Annual returns of the Patna Lunatic Asylum at Bankipore in Bihar and Orissa - 1912-1924
Year: 1912
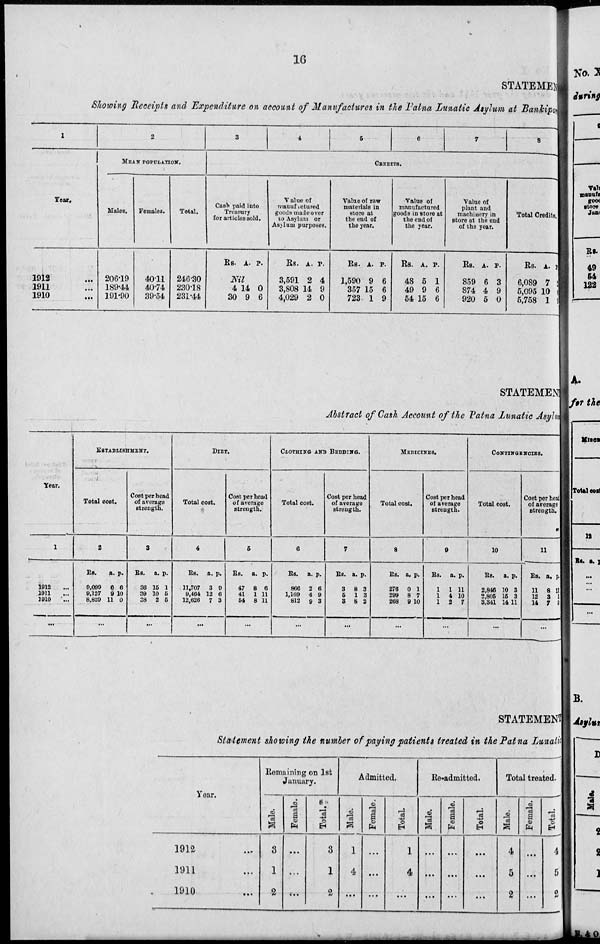
16
STATEMENT
Showing Receipts and Expenditure on account of Manufactures in the Patna Lunatic Asylum at Bankipore
1
Year.
1912 ...
1911 ...
1910 ...
2
MEAN POPULATION.
Males.
206.19
189.44
191.90
Females.
40.11
40.74
39.54
Total.
246.30
230.18
231.44
3
4
5
6
7
8
CREDITS.
Cash paid into
Treasury
for articles sold.
Rs. A. P.
Nil
4
30
14
9
0
6
Value of
manufactured
goods made cover
to Asylum or
Asylum purposes.
Rs.
3,591
3,808
4,029
A.
2
14
2
P.
4
9
0
Value of raw
materials in
store at
the end of
the year.
Rs.
1,590
357
723
A.
9
15
1
P.
6
6
9
Value of
manufactured
goods in store at
the end of
the year.
Rs.
48
49
54
A.
5
9
15
P.
1
6
6
Value of
plant and
machinery in
store at the end
of the year.
Rs.
859
874
920
A.
6
4
5
P.
3
9
0
Total Credits.
Rs.
6,089
5,095
5,758
A.
7
10
1
P.
2
0
9
STATEMENT
Abstract of Cash Account of the Patna Lunatic Asylum
Year.
1
1912 ...
1911 ...
1910 ...
...
ESTABLISHMENT.
Total cost.
2
Rs.
9,099
9,127
8,829
a.
6
9
11
p.
6
10
0
...
Cost per head
of average
strength.
3
Rs.
36
39
28
a.
15
10
2
p.
1
5
5
...
DIET.
Total cost.
4
Rs.
11,707
9,464
12,626
a.
3
12
7
p.
9
6
3
...
Cost per head
of average
strength.
5
Rs.
47
41
54
a.
8
1
8
p.
6
11
11
...
CLOTHING AND BEDDING.
Total cost.
6
Rs.
866
1,169
812
a.
2
4
9
p.
6
9
3
...
Cost per head
of arerage
strength.
7
Rs.
3
5
3
a.
8
1
8
p.
3
3
2
...
MEDICINES.
Total cost.
8
Rs.
276
299
268
a.
0
8
9
p.
1
7
10
...
Cost per head
of average
strength.
9
Rs.
1
1
1
a.
1
4
2
p.
11
10
7
CONTINGENCIES.
Total cost.
10
Rs.
2,846
2,805
3,341
a.
10
15
14
p.
3
3
11
...
Cost per head
of average
strength.
11
Rs.
11
12
14
a.
8
3
7
p.
11
1
0
...
STATEMENT
Statement showing the number of paying patients treated in the Patna Lunatic
Year.
1912 ...
1911 ...
1910 ...
Remaining on 1st
January.
Male.
3
1
2
Female.
...
...
...
Total.
3
1
2
Admitted.
Male.
1
4
...
Female.
...
...
...
Total.
1
4
.
Re-admitted.
Male.
...
...
...
Female.
...
...
...
Total.
...
...
...
Total treated.
Male.
4
5
2
Female.
...
...
...
Total.
4
5
2